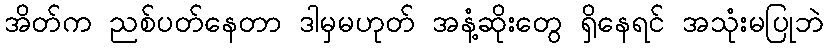
အိတ်က ညစ်ပတ်နေတာ ဒါမှမဟုတ် အနံ့ဆိုးတွေ ရှိနေရင် အသုံးမပြုဘဲ